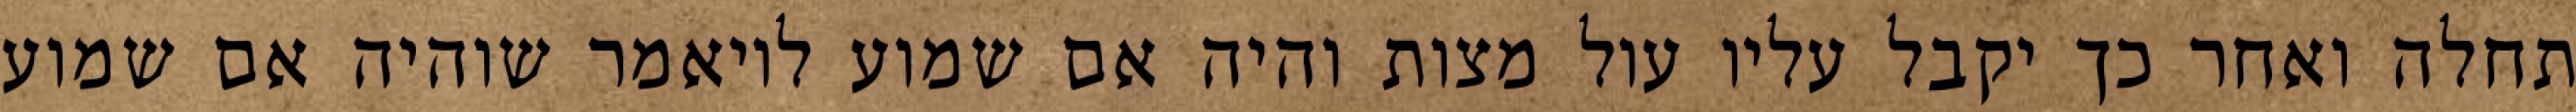
תחלה ואחר כך יקבל עליו עול מצות והיה אם שמוע לויאמר שוהיה אם שמוע